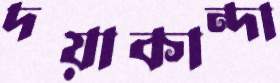
দয়াকান্দা